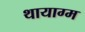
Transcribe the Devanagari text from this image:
थायाग्म